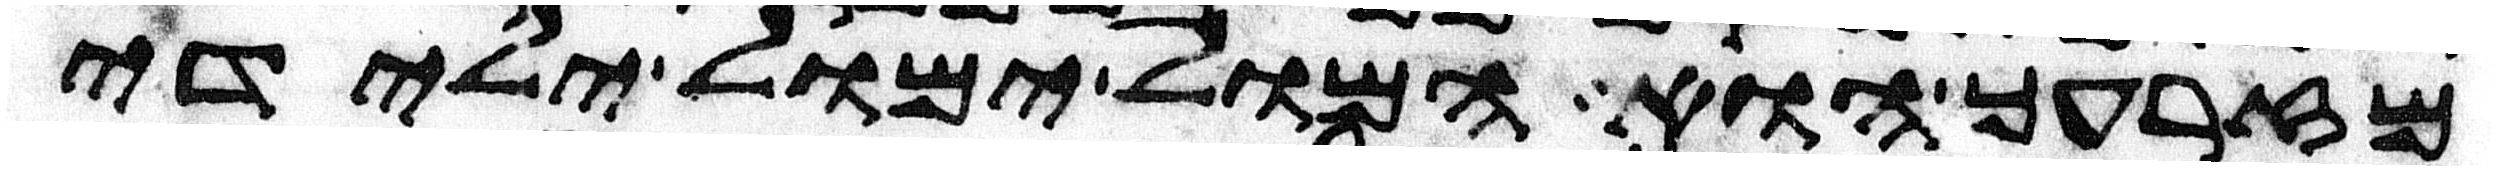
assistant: מזרעך הוא המול ימול ילידי